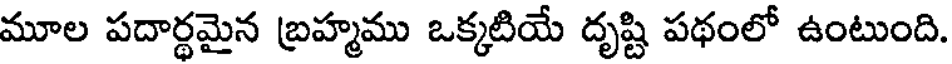
మూల పదార్థమైన బ్రహ్మము ఒక్కటియే దృష్టి పథంలో ఉంటుంది.